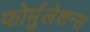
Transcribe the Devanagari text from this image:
फोर्मुलेशन्स